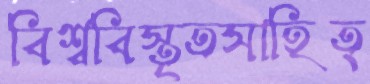
বিশ্ববিস্তৃতসাহিত্